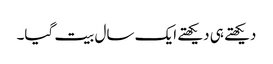
دیکھتے ہی دیکھتے ایک سال بیت گیا۔